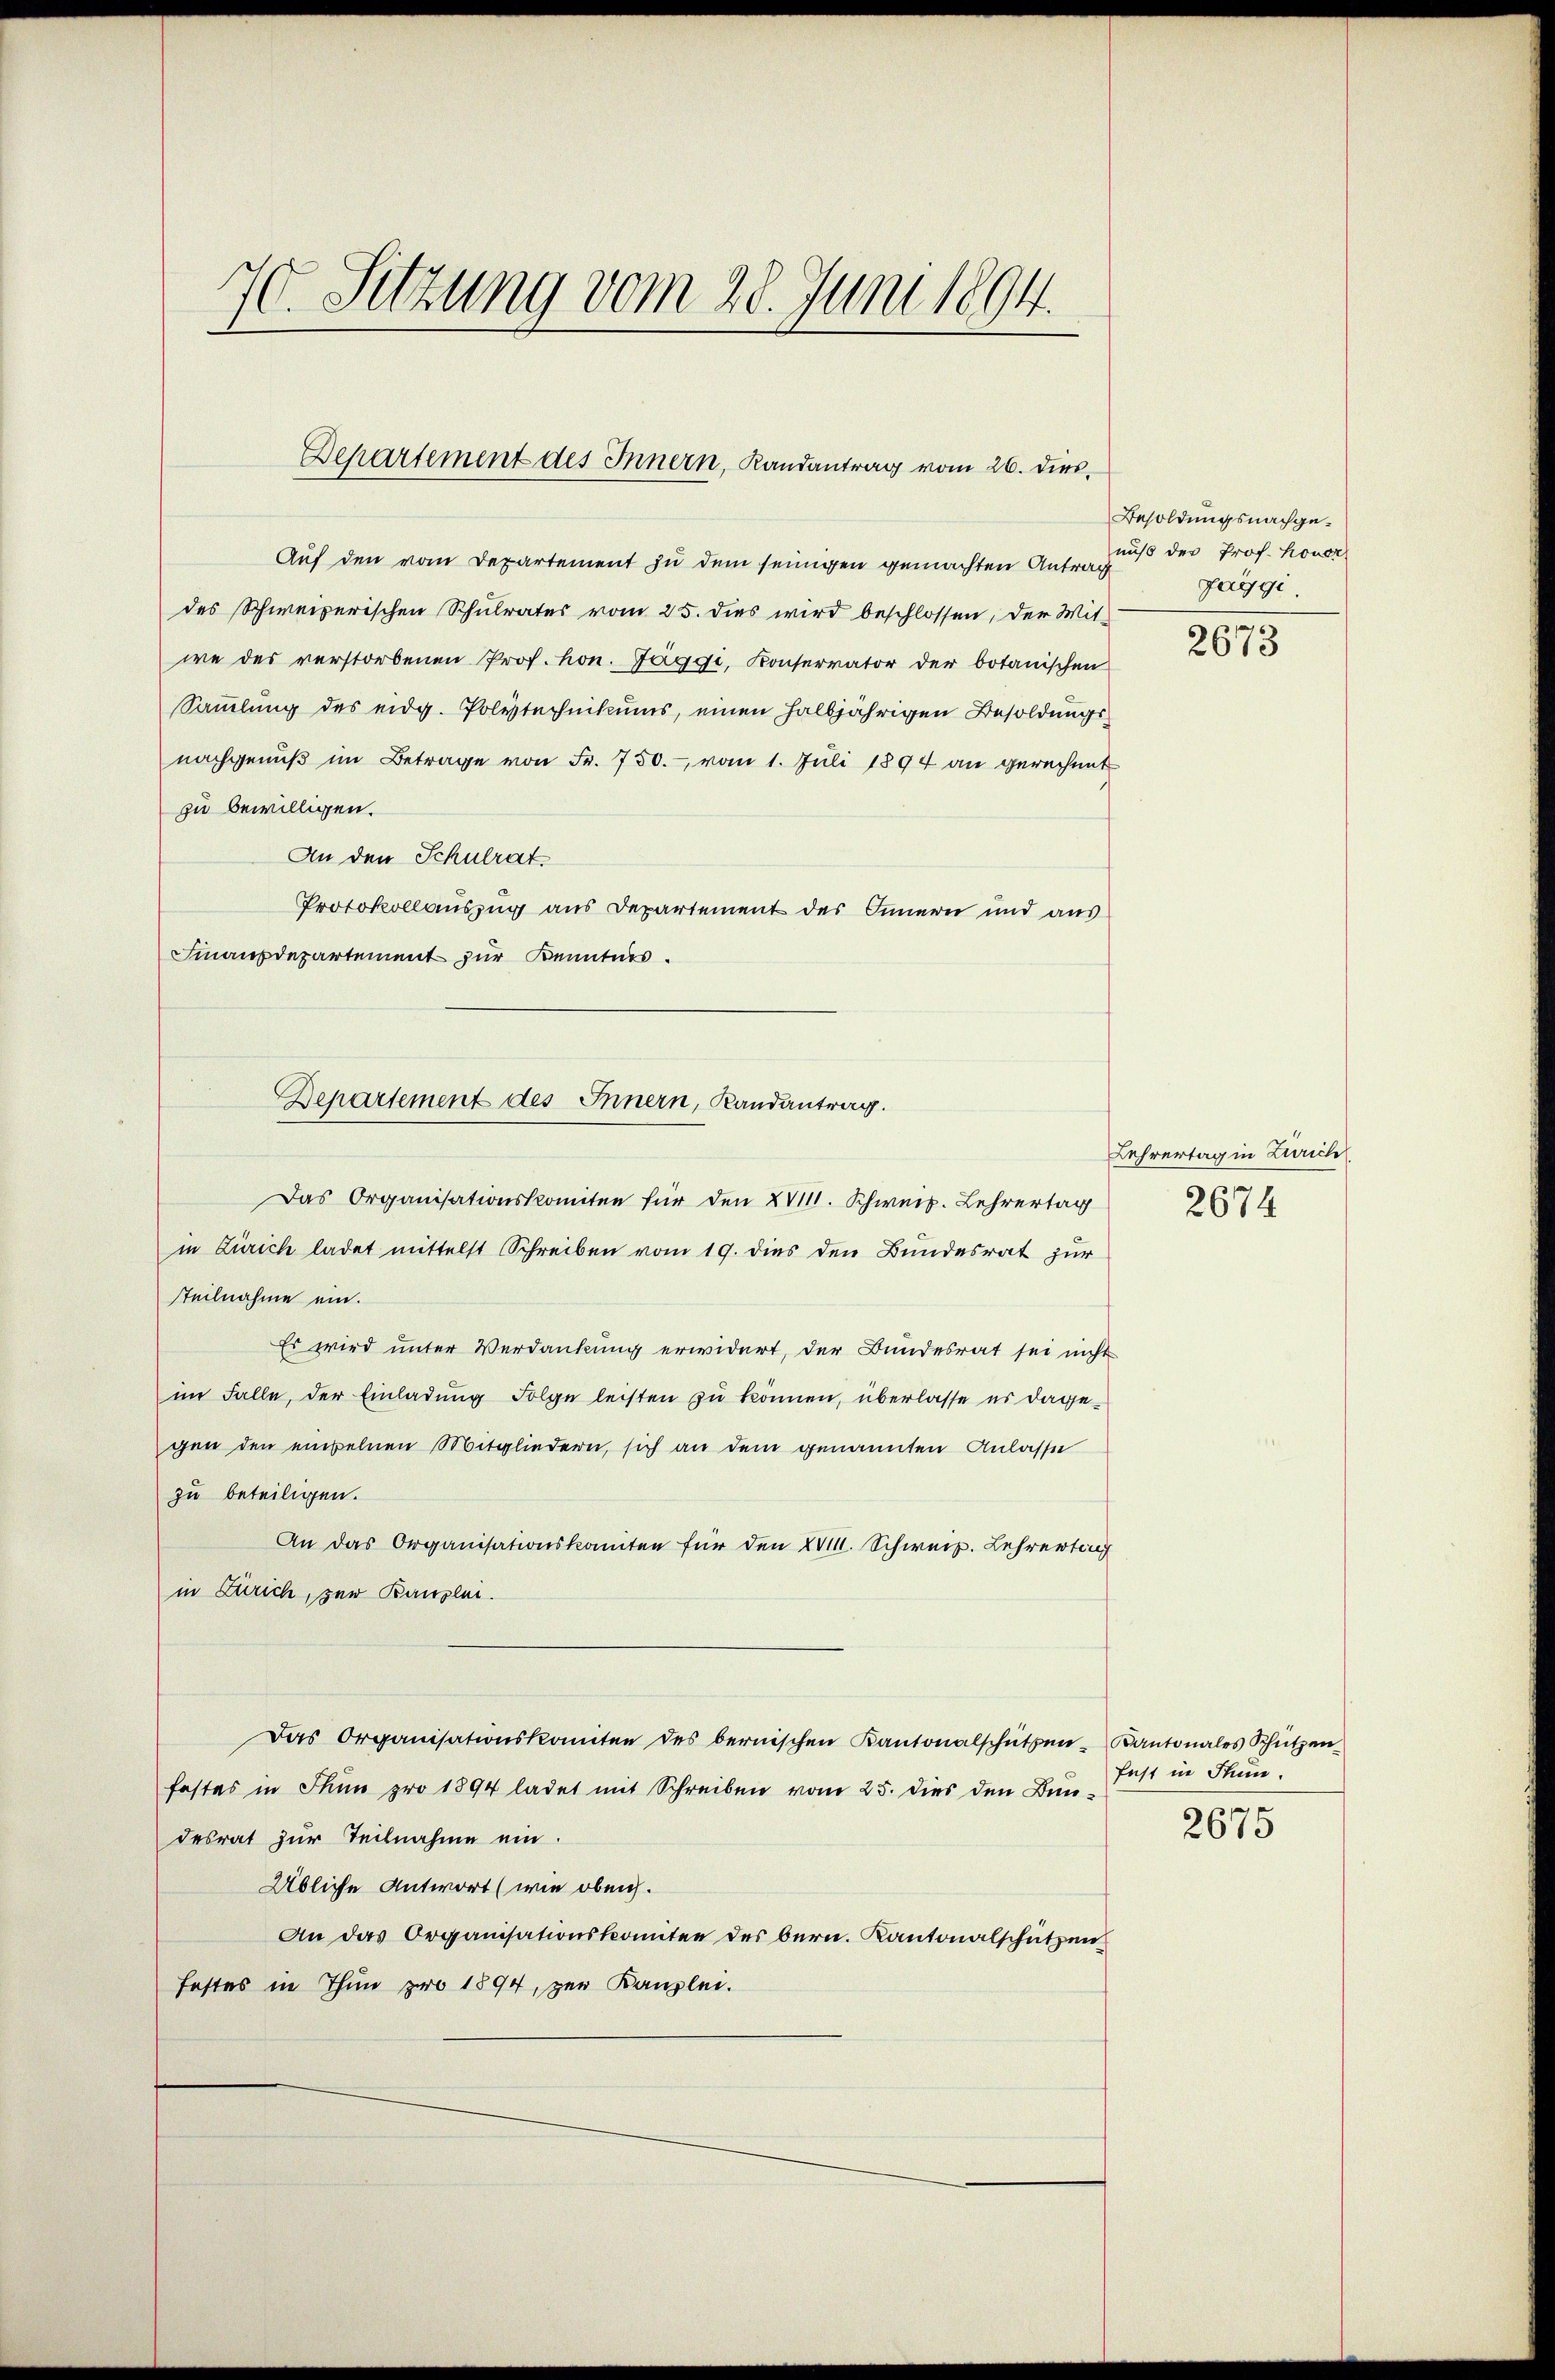
70. Setzung vom 28. Juni 1894.
I

Auf den vom Departement zu dem seinigen gemachten Antrag
des Schweizerischen Schulrates vom 25. dies wird beschlossen, der Mit-
we des verstorbenen Prof. hon. Fäggi, Konservator der botanischen
Sammlung des eidg. Polytechnikums, einen halbjährigen Besoldungsnachgenŭβ im Betrage von Fr. 750.- vom 1. Juli 1894 an gerechnet
zu bewilligen.
An den Schulrat.
Protokollauszug aus Departement des Innern und aus
Finanzdepartement zur Kenntnis.
Das Organisationskomiten für den XVIII. Schweiz. Lehrertag
in Zürich ladet mittelst Schreiben vom 19. dies den Bundesrat zur
steilnahme ein.
Es wird unter Verdankung erwidert, der Bundesrat sei nicht
im Falle, der Einladung Folge leisten zu können, überlasse es dagegen den einzelnen Mitgliedern, sich an dem genannten Anlasse
zu beteiligen.
An das Organisationskomiten für den XVIII. Schweiz. Lehrertung
in Zürich, zur Kanzlei.
Das Organisationskomitee des bernischen Kantonalschützen Kantonales Schützen
festes in Thun pro 1894 ladet mit Schreiben vom 25. dies den Bundesrat zur Teilnahme ein.
Übliche Antwort (wie oben.
An das Organisationskomitee des bern. Kantonalschützen
festes in Thun pro 1894, zur Kanzlei.

Departement des Innern, Randantrag vom 26. dies,

Departement des Innern, Randantrag.

Besoldungsnachgenuß der Prof. Honer
faggi

2673

Lehrertag in Zürich
2674

fest in Thun.
2675